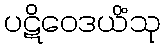
ပဋိဝေဒယိံသု